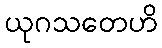
ယုဂသတေဟိ